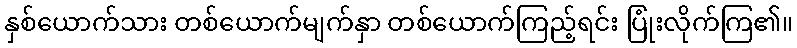
နှစ်ယောက်သား တစ်ယောက်မျက်နှာ တစ်ယောက်ကြည့်ရင်း ပြုံးလိုက်ကြ၏။